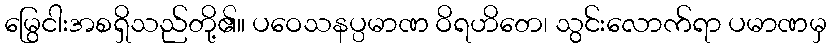
မြွေငါးအစရှိသည်တို့၏။ ပဝေသနပ္ပမာဏ ဝိရဟိတေ၊ သွင်းလောက်ရာ ပမာဏမှ